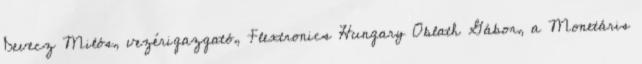
Devecz Milós, vezérigazgató, Flextronics Hungary Oblath Gábor, a Monetáris